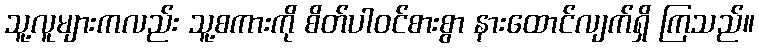
သူ့လူများကလည်း သူ့စကားကို စိတ်ပါဝင်စားစွာ နားထောင်လျက်ရှိ ကြသည်။